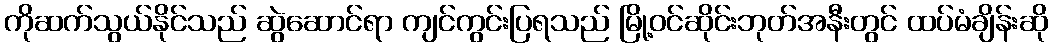
ကိုဆက်သွယ်နိုင်သည် ဆွဲဆောင်ရာ ကျင်ကွင်းပြရသည် မြို့ဝင်ဆိုင်းဘုတ်အနီးတွင် ထပ်မံချိန်းဆို